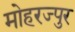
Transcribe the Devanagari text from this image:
मोहरज्पुर